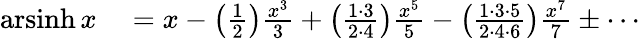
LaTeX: \begin{array}{rl}{\operatorname{arsinh}x}&{{}=x-\left({\frac{1}{2}}\right){\frac{x^{3}}{3}}+\left({\frac{1\cdot 3}{2\cdot 4}}\right){\frac{x^{5}}{5}}-\left({\frac{1\cdot 3\cdot 5}{2\cdot 4\cdot 6}}\right){\frac{x^{7}}{7}}\pm\cdots}\end{array}